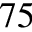
^ { 7 5 }